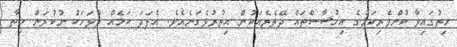
ހިތުގައިވާ ކުށްވެރިކަމުގެ އިހުސާސްތައް ދޭތެރެއަކުން އިތުރުވެގަނެއެވެ. އެފަދަ ކަމެއް ދުވަހަކު ނުކުރަން ހިތާ